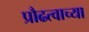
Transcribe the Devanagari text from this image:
प्रौढत्वाच्या